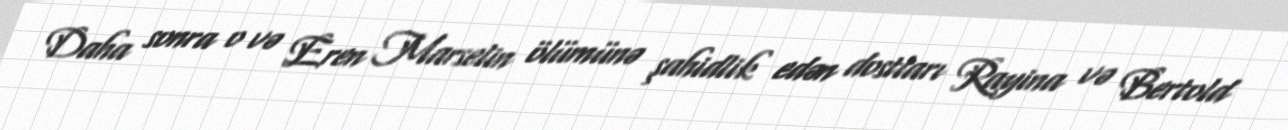
Daha sonra o və Eren Marselin ölümünə şahidlik edən dostları Rayina və Bertold